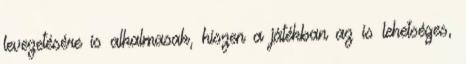
levezetésére is alkalmasak, hiszen a játékban az is lehetséges,